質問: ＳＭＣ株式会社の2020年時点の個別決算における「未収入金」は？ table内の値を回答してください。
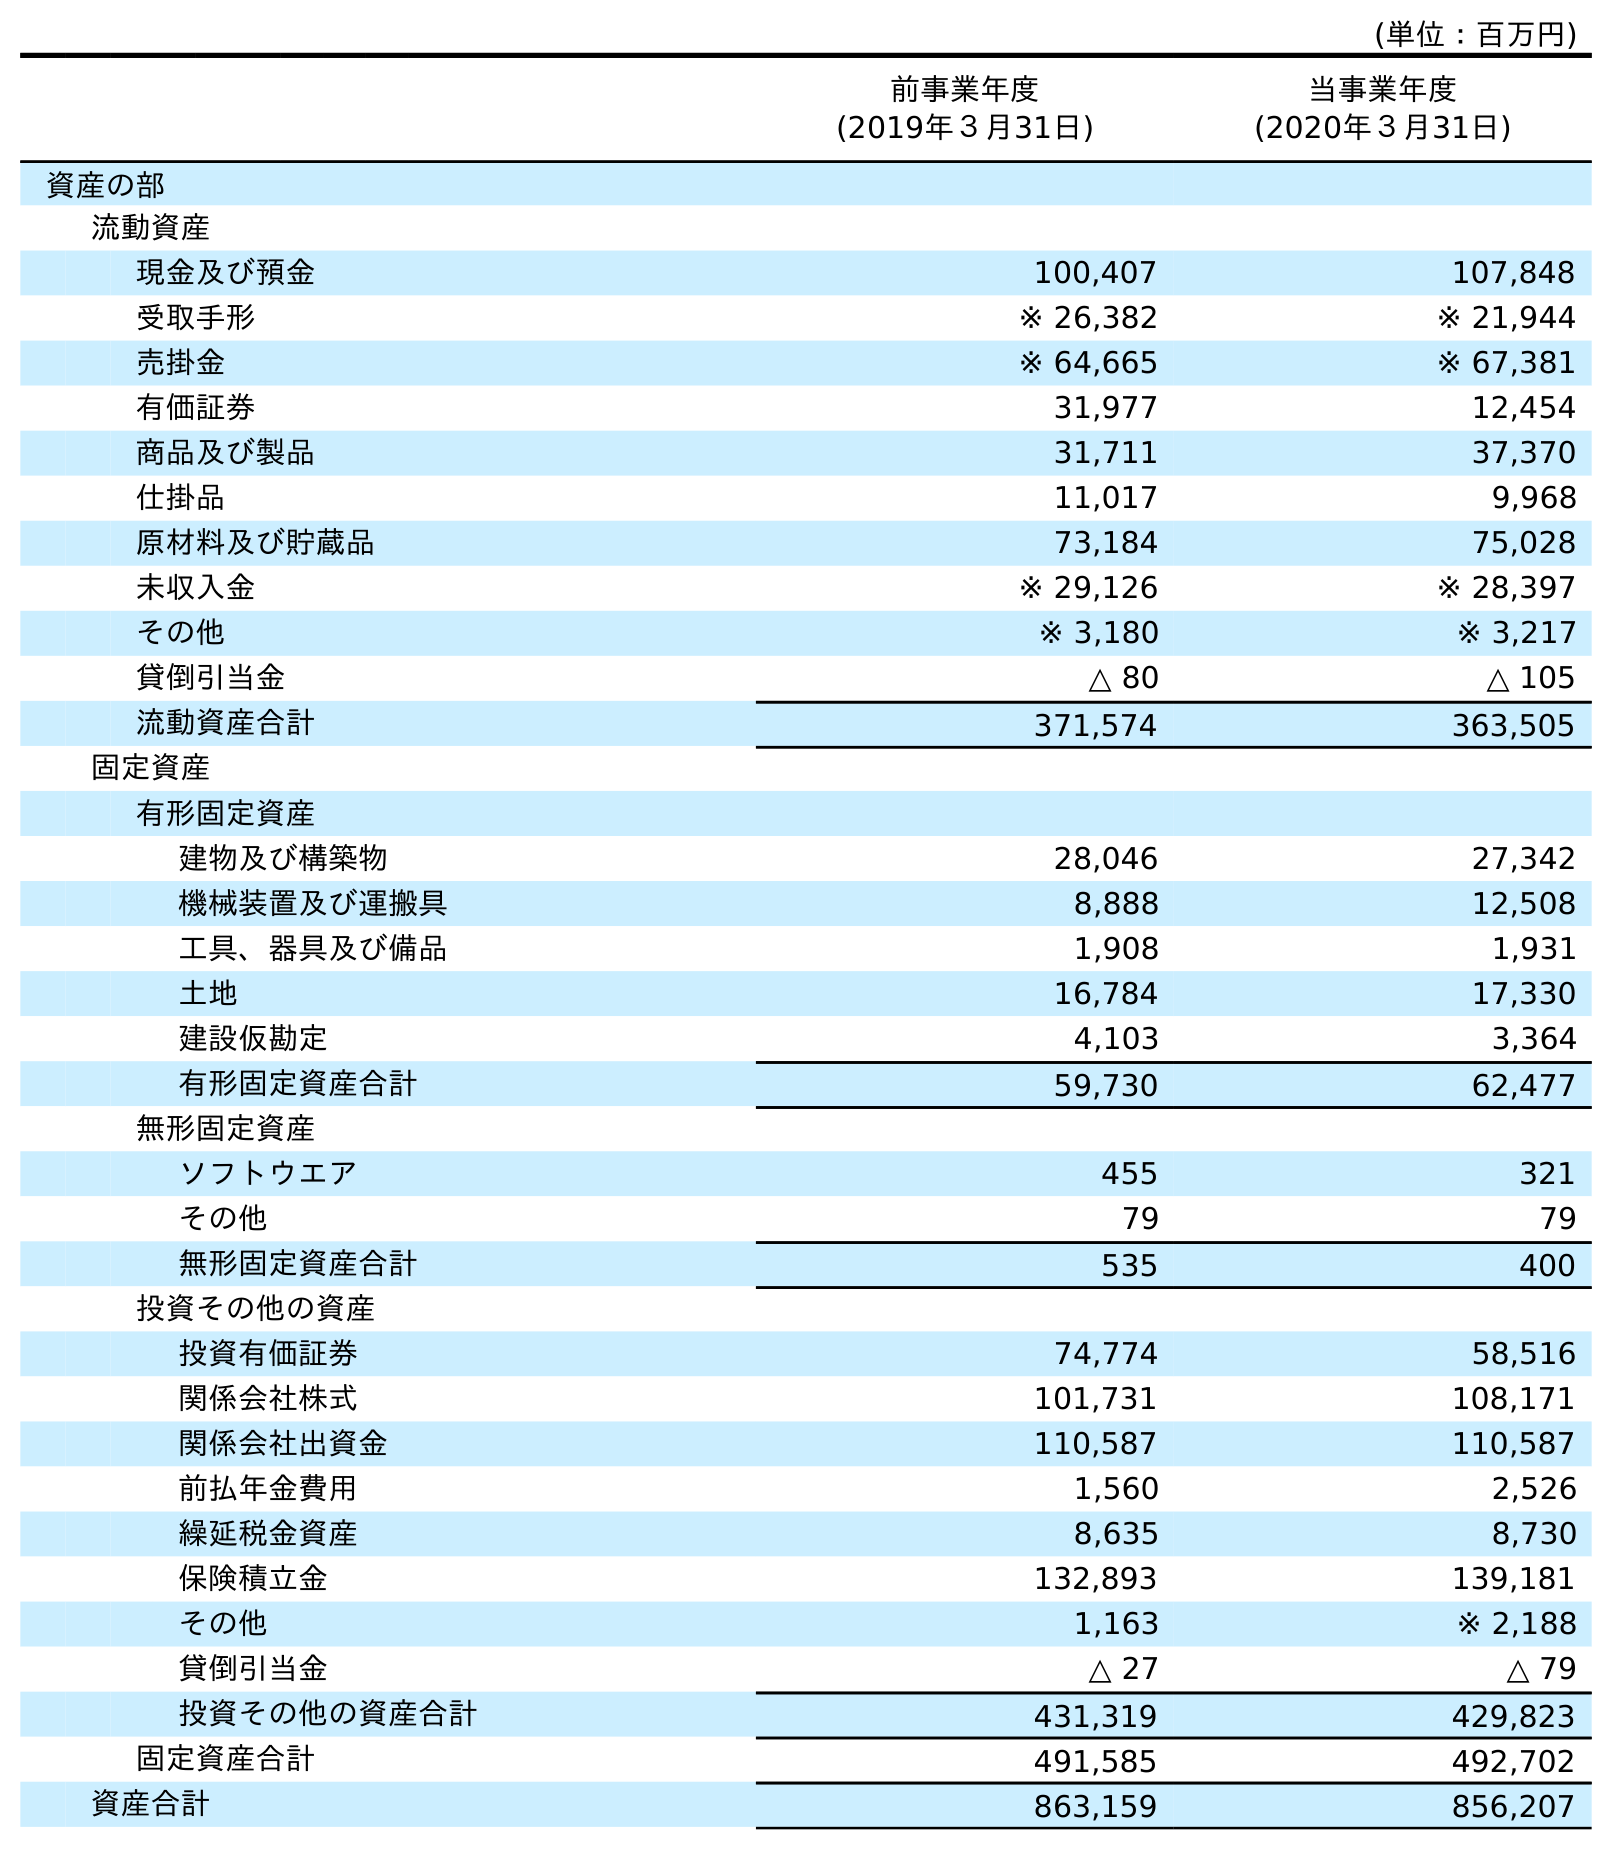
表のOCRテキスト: (単位：百万円) 前事業年度 (2019年３月31日) 当事業年度 (2020年３月31日) 資産の部 流動資産 現金及び預金 100,407 107,848 受取手形 ※ 26,382 ※ 21,944 売掛金 ※ 64,665 ※ 67,381 有価証券 31,977 12,454 商品及び製品 31,711 37,370 仕掛品 11,017 9,968 原材料及び貯蔵品 73,184 75,028 未収入金 ※ 29,126 ※ 28,397 その他 ※ 3,180 ※ 3,217 貸倒引当金 △ 80 △ 105 流動資産合計 371,574 363,505 固定資産 有形固定資産 建物及び構築物 28,046 27,342 機械装置及び運搬具 8,888 12,508 工具、器具及び備品 1,908 1,931 土地 16,784 17,330 建設仮勘定 4,103 3,364 有形固定資産合計 59,730 62,477 無形固定資産 ソフトウエア 455 321 その他 79 79 無形固定資産合計 535 400 投資その他の資産 投資有価証券 74,774 58,516 関係会社株式 101,731 108,171 関係会社出資金 110,587 110,587 前払年金費用 1,560 2,526 繰延税金資産 8,635 8,730 保険積立金 132,893 139,181 その他 1,163 ※ 2,188 貸倒引当金 △ 27 △ 79 投資その他の資産合計 431,319 429,823 固定資産合計 491,585 492,702 資産合計 863,159 856,207
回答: ※28,397